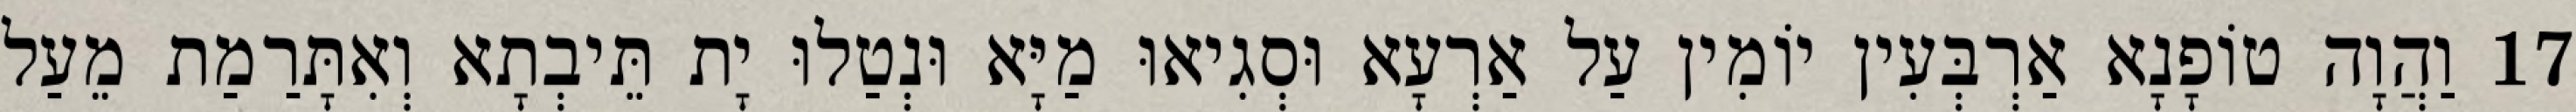
17 וַהֲוָה טוֹפָנָא אַרְבְּעִין יוֹמִין עַל אַרְעָא וּסְגִיאוּ מַיָּא וּנְטַלוּ יָת תֵּיבְתָא וְאִתָּרַמַת מֵעַל